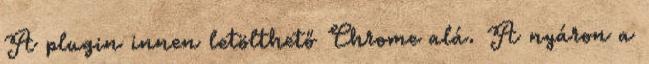
A plugin innen letölthető Chrome alá. A nyáron a